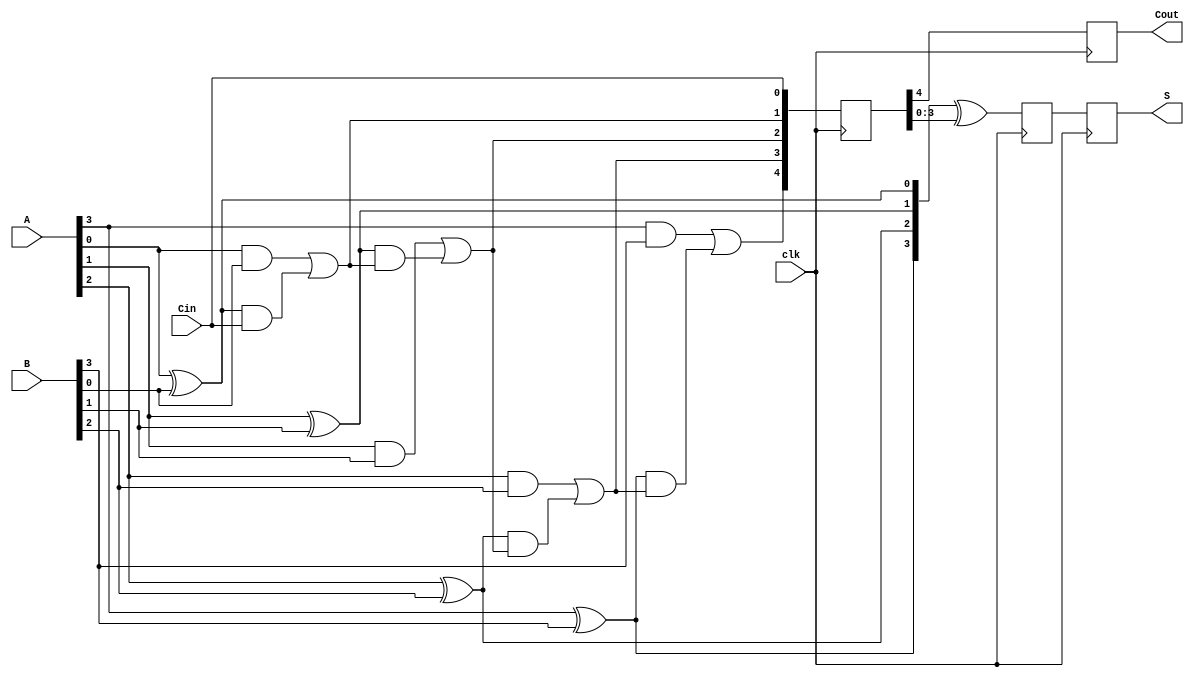
module PipelinedCLA #(parameter N = 4) (
    input wire clk,
    input wire [N-1:0] A,
    input wire [N-1:0] B,
    input wire Cin,
    output reg [N-1:0] S,
    output reg Cout
);

    // Generate and Propagate signals
    wire [N-1:0] G; // Generate signals
    wire [N-1:0] P; // Propagate signals
    wire [N:0] C;   // Carry signals

    // Generate and Propagate computation
    generate
        genvar i;
        for (i = 0; i < N; i = i + 1) begin : gen_prop
            assign G[i] = A[i] & B[i];        // Generate
            assign P[i] = A[i] ^ B[i];        // Propagate
        end
    endgenerate

    // Carry logic computation
    assign C[0] = Cin;
    generate
        for (i = 0; i < N; i = i + 1) begin : carry_logic
            if (i == 0) begin
                assign C[i + 1] = G[i] | (P[i] & C[i]);
            end else begin
                assign C[i + 1] = G[i] | (P[i] & C[i]);
            end
        end
    endgenerate

    // Pipelined registers for carry and sum
    reg [N:0] C_reg; // Registered carry
    reg [N-1:0] S_reg; // Registered sum

    // Stage 1: Compute intermediate carries and sums
    always @(posedge clk) begin
        C_reg <= C; // Register carry
        S_reg <= P ^ C_reg[N-1:0]; // Compute sum with the latest carry
    end

    // Stage 2: Output stage
    always @(posedge clk) begin
        S <= S_reg; // Output the sum
        Cout <= C_reg[N]; // Output the final carry out
    end

endmodule